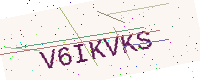
Text: V6IKVKS